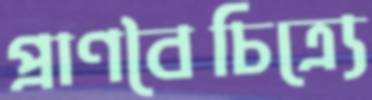
প্রাণবৈচিত্র্যে